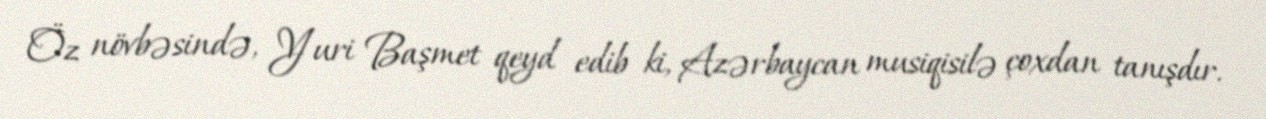
Öz növbəsində, Yuri Başmet qeyd edib ki, Azərbaycan musiqisilə çoxdan tanışdır.